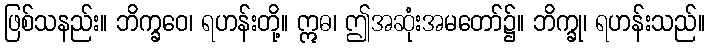
ဖြစ်သနည်း။ ဘိက္ခဝေ၊ ရဟန်းတို့။ ဣဓ၊ ဤအဆုံးအမတော်၌။ ဘိက္ခု၊ ရဟန်းသည်။